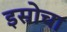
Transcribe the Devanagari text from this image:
इस्रोचा